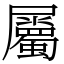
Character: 屬